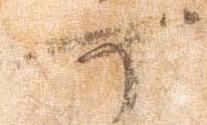
可